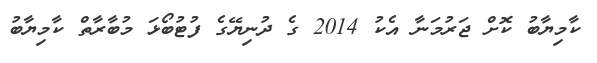
ކާމިޔާބު ކޮށް ޖަރުމަނާ އެކު 2014 ގެ ދުނިޔޭގެ ފުޓުބޯޅަ މުބާރާތް ކާމިޔާބު